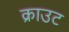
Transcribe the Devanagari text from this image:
क्राउट